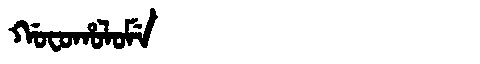
Manchu: ᡤᠣᠸᠣᡥᠣᠯᠣᠮᡝ
Romanization: GOFOHOLOME